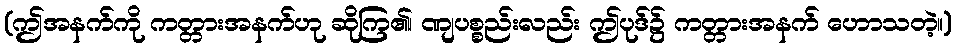
(ဤအနက်ကို ကတ္တားအနက်ဟု ဆိုကြ၏၊ ဏျပစ္စည်းလည်း ဤပုဒ်၌ ကတ္တားအနက် ဟောသတဲ့။)